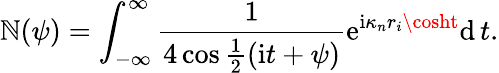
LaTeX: \mathbb{N}(\psi)=\int_{-\infty}^{\infty}\frac{{1}}{{4\cos\frac{{1}}{{2}}(\mathrm{{i}}t+\psi)}}\mathrm{{e}}^{\mathrm{{i}}\kappa_{n}r_{i}\cosht}\mathrm{{d}}\, t.